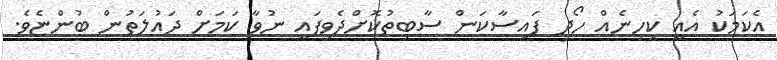
އެކަމަކު އެއީ ކިހިނެއް ހޯދި ފައިސާކަން ސާބިތުކޮށްދެވިފައި ނުވާ ކަމަށް ދައުލަތުން ބުންޏެވެ.